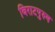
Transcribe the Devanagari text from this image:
विराटपुरुष